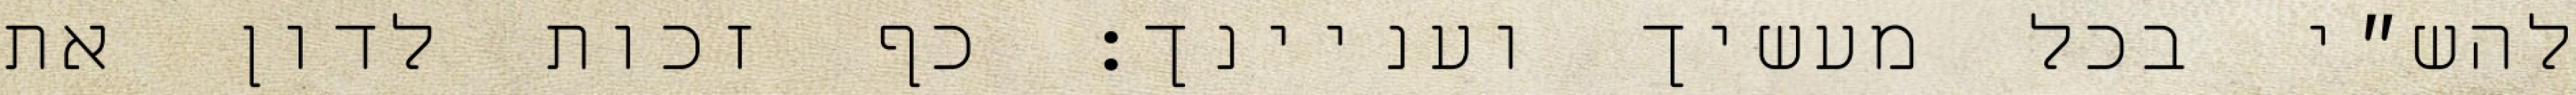
להש״י בכל מעשיך ועניינך: כף זכות לדון את